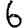
Digit: 6